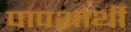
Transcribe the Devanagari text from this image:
पापशार्थी